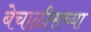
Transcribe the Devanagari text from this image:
बेचाळीसच्या